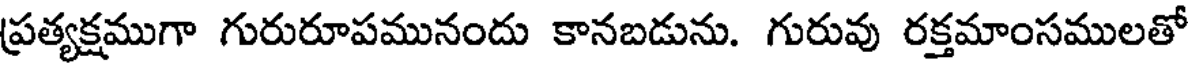
ప్రత్యక్షముగా గురురూపమునందు కానబడును. గురువు రక్తమాంసములతో